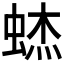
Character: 𰳃